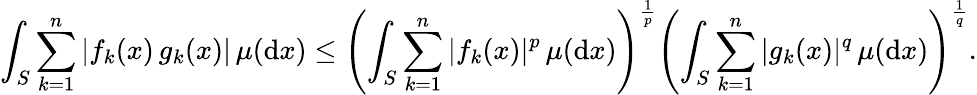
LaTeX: \int_{S}\sum_{k=1}^{n}|f_{k}(x)\, g_{k}(x)|\, \mu(\mathrm{d}x)\leq\left(\int_{S}\sum_{k=1}^{n}|f_{k}(x)|^{p}\, \mu(\mathrm{d}x)\right)^{\frac{1}{p}}\left(\int_{S}\sum_{k=1}^{n}|g_{k}(x)|^{q}\, \mu(\mathrm{d}x)\right)^{\frac{1}{q}}.